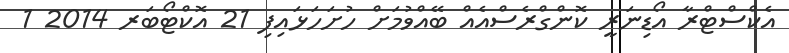
އެކްސްޓްރާ އޯޑިނަރީ ކޮންގްރެސްއެއް ބޭއްވުމަށް ހުށަހަޅައިފި 21 އޮކްޓޯބަރ 2014 1